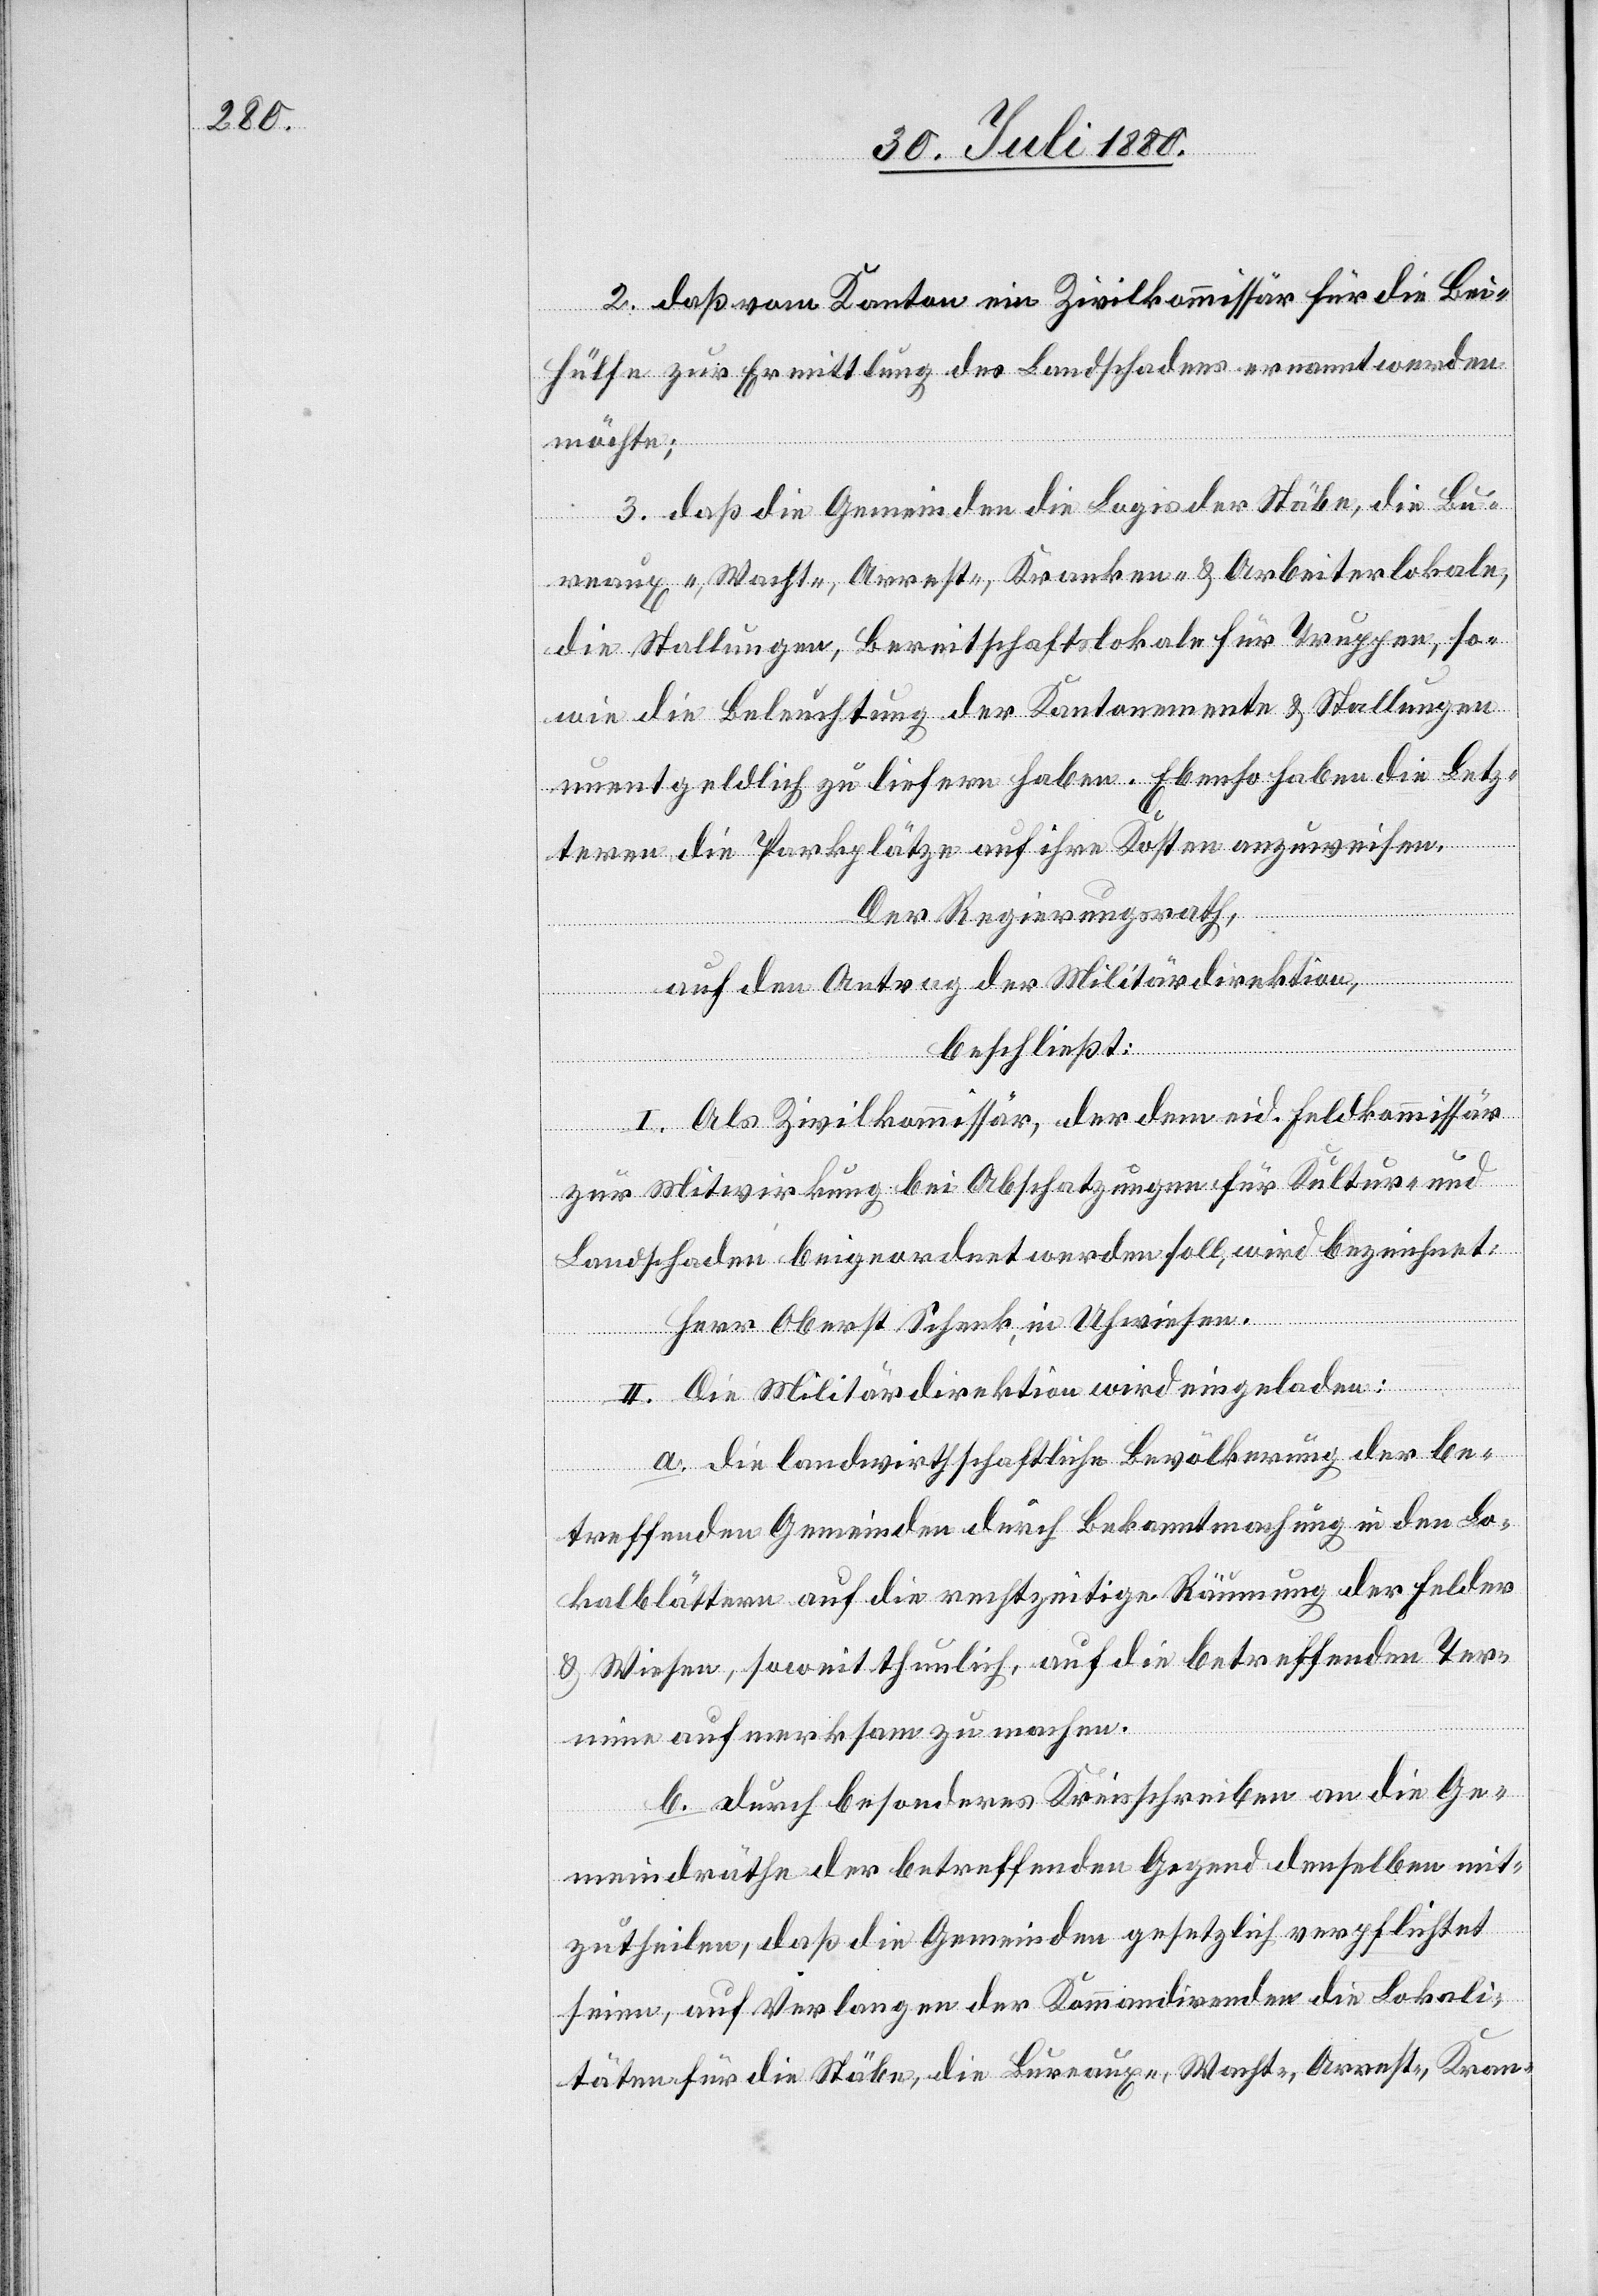
2. daß vom Kanton ein Zivilkommissär für die Be¬
hülfe zur Ermittlung des Landschadens ernannt werden
möchte;
3. daß die Gemeinden die Logis der Stäbe, die Bu¬
reaux-, Wacht-, Arrest-, Kranken- & Arbeiterlokale,
die Stallungen, Bereitschaftslokale für Truppen, so¬
wie die Beleuchtung der Kantonnemente & Stallungen
unentgeldlich zu liefern haben. Ebenso haben die Letz¬
tern die Parkplätze auf ihre Kosten anzuweisen.
Der Regierungsrath,
auf den Antrag der Militärdirektion,
beschließt:
I. Als Zivilkommissär, der dem eid. Feldkommissär
zur Mitwirkung bei Abschatzungen für Kultur- und
landschaden beigeordnet werden soll, wird bezeichnet:
Herr Oberst Schenk, in Uhwiesen.
II. Die Militärdirektion wird eingeladen:
a. die landwirthschaftliche Bevölkerung der be¬
treffenden Gemeinden durch Bekanntmachung in den Lo¬
kalblättern auf die rechtzeitige Räumung der Felder
& Wiesen, soweit thunlich, auf die betreffenden Ter¬
min aufmerksam zu machen.
b. durch besonderes Kreisschrieben an die Ge¬
meindräthe der betreffenden Gegend denselben mit¬
zutheilen, daß die Gemeinden gesetzlich verpflichtet
seien, auf Verlangen der Kommandirenden die Lokali¬
täten für die Stäbe, die Bureaux-, Wacht-, Arrest-, Kran-